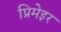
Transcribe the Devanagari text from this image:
प्रिमेइर